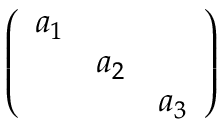
\left( \begin{array} { c c c } { { a _ { 1 } } } & { { } } & { { } } \\ { { } } & { { a _ { 2 } } } & { { } } \\ { { } } & { { } } & { { a _ { 3 } } } \end{array} \right)